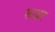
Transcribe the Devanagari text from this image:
साक्ष्रर